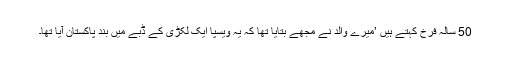
50 سالہ فرخ کہتے ہیں ’میرے والد نے مجھے بتایا تھا کہ یہ ویسپا ایک لکڑی کے ڈبے میں بند پاکستان آیا تھا۔